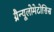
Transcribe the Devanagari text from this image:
ग्रैन्यूलोमेटोसिस